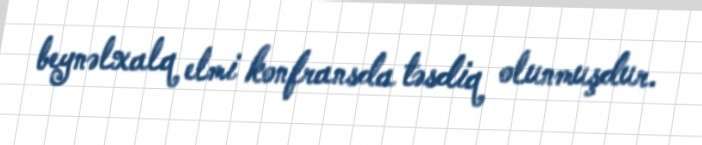
beynəlxalq elmi konfransda təsdiq olunmuşdur.